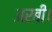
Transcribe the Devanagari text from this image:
अरबी।